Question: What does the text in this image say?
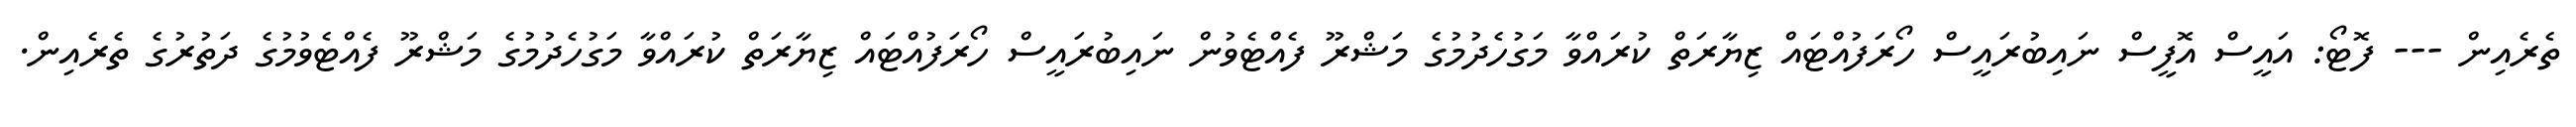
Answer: ތެރެއިން --- ފޮޓޯ: އައީސް އޮފީސް ނައިބުރައީސް ހޯރަފުއްޓައް ޒިޔާރަތް ކުރައްވާ މަގުހެދުމުގެ މަޝްރޫ ފެއްޓެވުން ނައިބުރައީސް ހޯރަފުއްޓައް ޒިޔާރަތް ކުރައްވާ މަގުހެދުމުގެ މަޝްރޫ ފެއްޓެވުމުގެ ދަތުރުގެ ތެރެއިން.